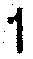
1